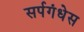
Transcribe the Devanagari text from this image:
सर्पगंधेस